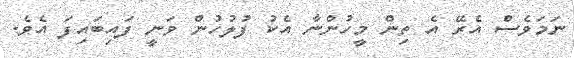
ނަމަވެސް އެރޭ އެ ތިން މީހުންނާ އެކު ފުލުހުން ވަނީ ފައިބައިފަ އެވެ.